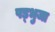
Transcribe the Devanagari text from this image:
षड्भुजा